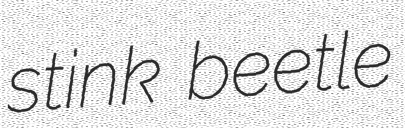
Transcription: stink beetle